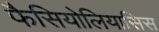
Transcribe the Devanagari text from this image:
फैसियोलियासिस